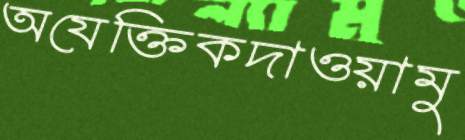
অযেক্তিকদাওয়ামু